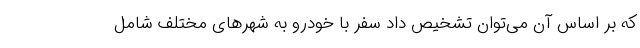
که بر اساس آن می‌توان تشخیص داد سفر با خودرو به شهرهای مختلف شامل